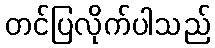
တင်ပြလိုက်ပါသည်